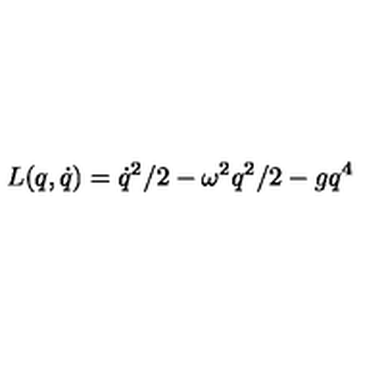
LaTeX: L ( q , \dot { q } ) = \dot { q } ^ { 2 } / 2 - \omega ^ { 2 } q ^ { 2 } / 2 - g q ^ { 4 }